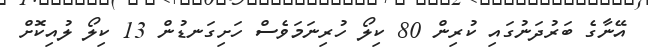
އޭނާގެ ބަރުދަނުގައި ކުރިން 80 ކިލޯ ހުރިނަމަވެސް ހަށިގަނޑުން 13 ކިލޯ ލުއިކޮށް